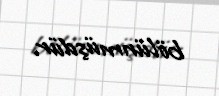
bölünmüşdür.